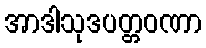
အာဒါသုဒပတ္တဝဏာ